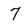
Character: 7